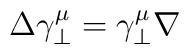
\Delta \gamma^\mu_\perp = \gamma^\mu_\perp \nabla